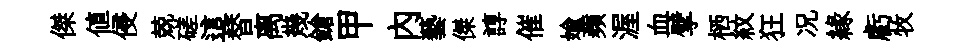
傑値侵兢磋這替离幾鎗甲内藝傑諄催媮蘋渥血擘栖紋狂况縁虧牧